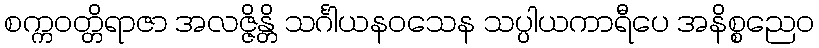
စက္ကဝတ္တိရာဇာ အလဇ္ဇိန္တိ သင်္ဂါယနဝသေန သပ္ပါယကာရီပေ အနိစ္စညေဝ